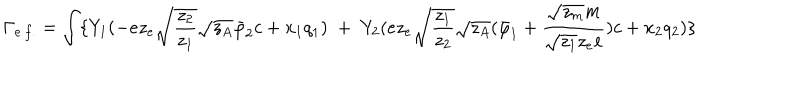
LaTeX: \Gamma _ { e . f . } = \int \{ Y _ { 1 } ( - { e } z _ { e } \sqrt { \frac { z _ { 2 } } { z _ { 1 } } } \sqrt { z _ { A } } \bar { \varphi } _ { 2 } c + x _ { 1 } q _ { 1 } ) \; + \; Y _ { 2 } ( { e } z _ { e } \sqrt { \frac { z _ { 1 } } { z _ { 2 } } } \sqrt { z _ { A } } ( \bar { \varphi } _ { 1 } + \frac { \sqrt { z _ { m } } m } { \sqrt { z _ { 1 } } { z _ { e } } e } ) c + x _ { 2 } q _ { 2 } ) \}